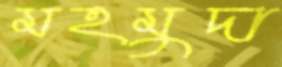
মহমুদা